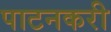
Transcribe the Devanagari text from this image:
पाटनकरी